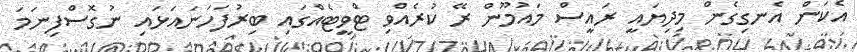
އެކަން އެނގިގެން މިދިޔައީ ރައީސް މައުމޫން ރޭ ކުރެއްވި ޓްވީޓެއްގައި ބިރުފަހަނައަޅައި ނުގޮސްފިނަމަ